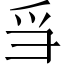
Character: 𪺍